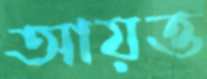
আয়ত্ত